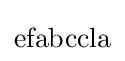
{\text{efabccla}}